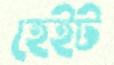
হেইট